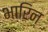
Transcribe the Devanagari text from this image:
भारिन्‌